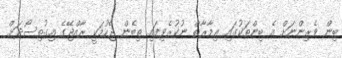
ބިން ވެރިންނަށް އެ ބިންތަކުގައި ޢިމާރާތް ނުކުރެވިފައި ތިބެން ޖެހުމަކީ ރާއްޖޭގެ އިގުތިސޯދަށް